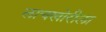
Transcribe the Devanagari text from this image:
लाचखोरीला